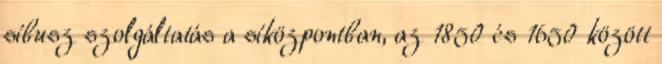
síbusz szolgáltatás a síközpontban, az 1850 és 1650 között